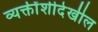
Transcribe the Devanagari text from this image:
व्यक्तींशीदेखील